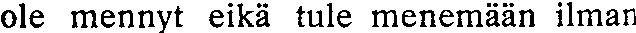
ole mennyt eikä tule menemään ilman